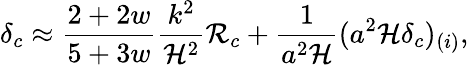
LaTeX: \delta_{c}\approx{\frac{2+2w}{5+3w}}{\frac{k^{2}}{{\cal H}^{2}}}{\cal R}_{c}+{\frac{1}{a^{2}{\cal H}}}(a^{2}{\cal H}\delta_{c})_{(i)},